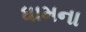
ધામના